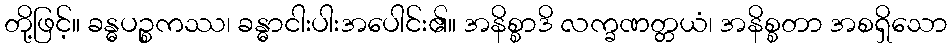
တို့ဖြင့်။ ခန္ဓပဉ္စကဿ၊ ခန္ဓာငါးပါးအပေါင်း၏။ အနိစ္စာဒိ လက္ခဏတ္တယံ၊ အနိစ္စတာ အစရှိသော